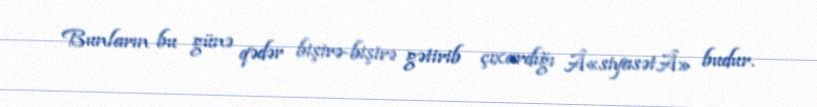
Bunların bu günə qədər bişirə-bişirə gətirib çıxardığı Â«siyasətÂ» budur.